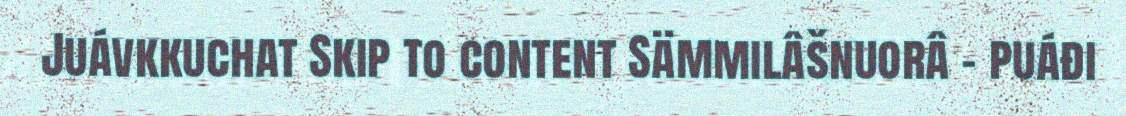
Juávkkuchat Skip to content Sämmilâšnuorâ – puáđi